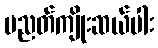
ပညတ်ကျိုးဆယ်ပါး